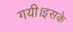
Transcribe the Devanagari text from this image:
गयी।इसके